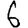
Digit: 6